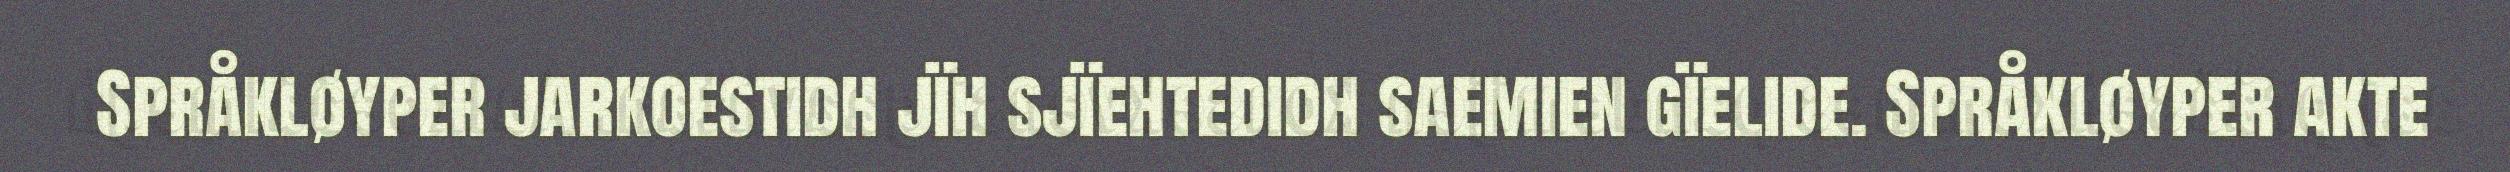
Språkløyper jarkoestidh jïh sjïehtedidh saemien gïelide. Språkløyper akte